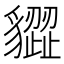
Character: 𧴙